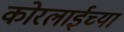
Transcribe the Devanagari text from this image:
कोरलाईच्या